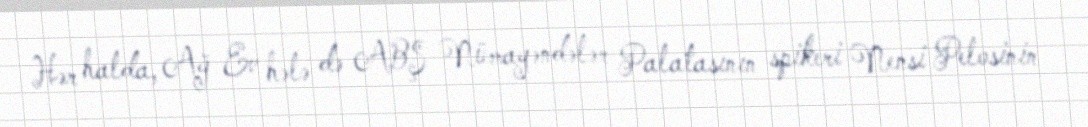
Hər halda, Ağ Ev hələ də ABŞ Nümayəndələr Palatasının spikeri Nensi Pelosinin